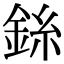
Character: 銯